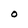
Character: O